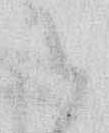
と